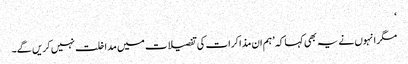
‘
مگر انہوں نے یہ بھی کہا کہ ’ہم ان مذاکرات کی تفصیلات میں مداخلت نہیں کریں گے۔